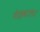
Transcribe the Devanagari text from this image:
गेहवाला